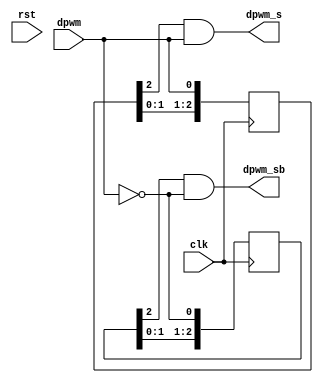
module DEADTIME(clk,rst,dpwm,dpwm_s,dpwm_sb);

input clk;	// input reference clock
input rst;	// master reset
input dpwm; // input dpwm

output dpwm_s;	// output dpwm
output dpwm_sb;	// output complement dpwm

reg [3:0] delay_0;	// delay line
reg [3:0] delay_1;	// delay line

// using non-overlap clock generator with NAND gate

always@(posedge clk)	// latch delay at the clock positive edge
begin  
//	delay_0[2] <= delay_0[1];
//	delay_0[1] <= delay_0[0]; 
//	delay_0[0] <= ~((dpwm) & (delay_1[2]));	// choose delay value index for deadtime (can be unsymmetrical)
//	delay_0[4] <= delay_0[3];
//	delay_0[3] <= delay_0[2];
	delay_0[2] <= delay_0[1];
	delay_0[1] <= delay_0[0]; 
	delay_0[0] <= dpwm;	// choose delay value index for deadtime (can be unsymmetrical)
	
end

always@(posedge clk)	// latch delay at the clock positive edge
begin 
//	delay_1[2] <= delay_1[1];
//	delay_1[1] <= delay_1[0];
//	delay_1[0] <= ~((~dpwm) & (delay_0[2]));	// choose delay value index for deadtime (can be unsymmetrical)
//	delay_1[3] <= delay_1[2];
	delay_1[2] <= delay_1[1];
	delay_1[1] <= delay_1[0];
	delay_1[0] <= (~dpwm);	// choose delay value index for deadtime (can be unsymmetrical)
end

//assign dpwm_s = ~delay_0[0];
//assign dpwm_sb = ~delay_1[0];

assign dpwm_s = delay_0[2] & dpwm;
assign dpwm_sb = (delay_1[2]) & (~dpwm);

endmodule